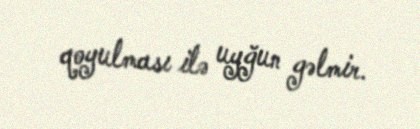
qoyulması ilə uyğun gəlmir.